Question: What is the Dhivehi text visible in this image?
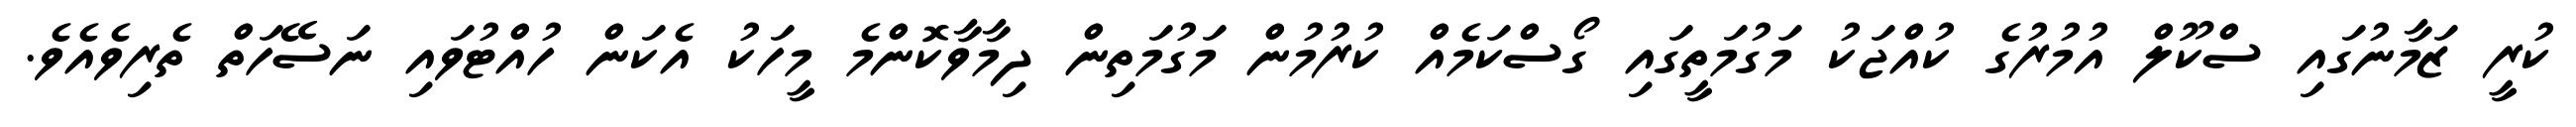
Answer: ކުރީ ޒަމާނުގައި ސްކޫލް އުމުރުގެ ކުއްޖަކު މަގުމަތީގައި ގޯސްކަމެއް ކުރުމުން މަގުމަތިން ދިމާވާކޮންމެ މީހަކު އެކަން ހުއްޓުވައި ނަސޭހަތް ތެރިވެއެވެ.